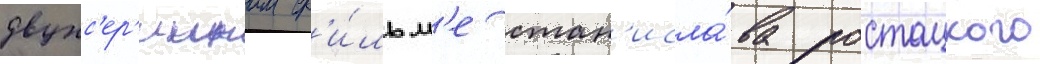
двухс'ер'иином ф'и́льм'е стан'исла́ва ростоцкого